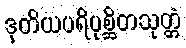
ဒုတိယပရိပုစ္ဆိတသုတ္တံ